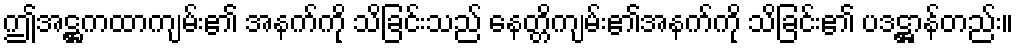
ဤအဋ္ဌကထာကျမ်း၏ အနက်ကို သိခြင်းသည် နေတ္တိကျမ်း၏အနက်ကို သိခြင်း၏ ပဒဋ္ဌာန်တည်း။